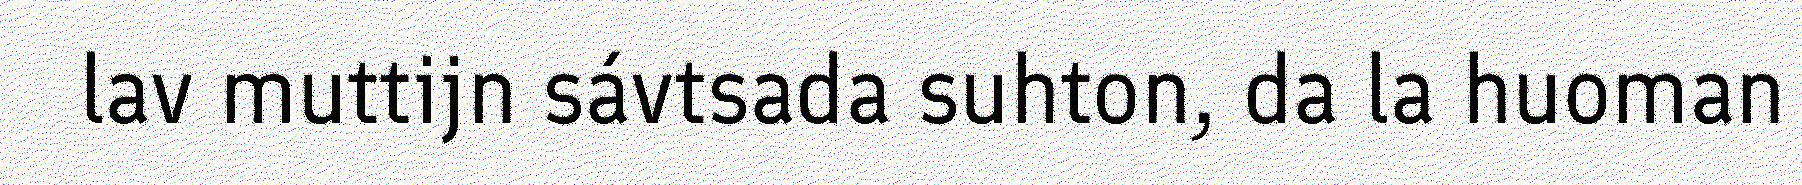
lav muttijn sávtsada suhton, da la huoman